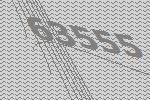
63555